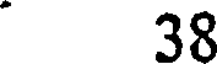
38